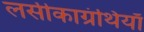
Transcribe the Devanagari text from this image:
लसीकाग्रंथियाँ